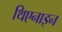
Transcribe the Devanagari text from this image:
थिएनाइन